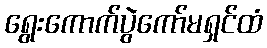
ရွေးကောက်ပွဲကော်မရှင်ထံ